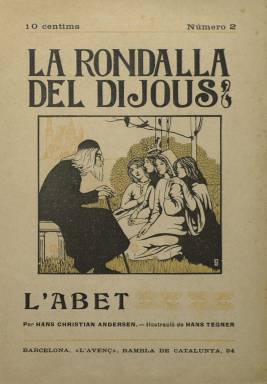
Título: La Rondalla del dijous
Colección: Revistas infantiles
Ámbito geográfico: Barcelona
Lugar de publicación: Barcelona
Fechas: 01/01/1909-31/12/1909

Publicación semanal en cuyo título expresa sus contenidos –rondalla como fábula o narración breve– así como su día de aparición (dijous = jueves), dirigida principalmente a un público infantil y escrita completamente en catalán, que suma la difusión tradicional literaria autóctona de este género literario con la de otros países, cuyos textos serán también traducidos a esta lengua. La barcelonesa tipografía y Lliberia L’Avenç, editora de libros clásicos de literatura, arte, historia o teatro a través de su Biblioteca Popular, en su defensa, divulgación y promoción de la lengua catalana y de este tipo de literatura autóctona, hizo también un esfuerzo editor para publicar este refinado semanario, por su gran calidad tanto formal como de contenidos, poniéndose al frente del mismo como director y también como traductor al escritor y poeta Josep Massó i Ventós (1891-1931).

Además de publicar fábulas (rondallas), narraciones cortas o cuentos recogidos de viva voz o procedentes de la literatura popular escrita en lengua catalana, publicará otros de grandes autores europeos, como Charles Perrault (1628-1703), Hans Christian Andersen (1805-1875) o los hermanos Grimm. Junto a estos publica los de autores catalanes interesados en el cuento infantil, tradicional y el folclore, como Jacinto Verdaguer (1845-1902), Maria de Bell-lloc (Maria del Pilar Maspons i Labrós: 1841-1907), Aureli Capmany i Farrés (1868-1954), Esteve Caseponce (1850-1932), Francesc Pelagy Briz (1839-1889), Carme Bofill, Jordi d’es Recó, Albert Quintana, y otros.

Otro valor destacado de este semanario son sus ilustraciones, tanto en su cubierta, que lo serán a dos tintas, como en sus páginas interiores. Las narraciones de autores extranjeros irán acompañadas por ilustraciones originales, reproduciendo dibujos de Gustave Doré (1832-1883), Kate Greenawey (1846-1901), Hans Tegner (1853-1932), John Dickson Batten (1860-1932) o Albert Robida (1849-1926).

Por parte de los autóctonos, Jaume Longueras (1883-1955), será el dibujante de sus primeras ocho cubiertas; Guillem Perés i Paque (1893-1968) a través de su seudónimo Billy, autor hasta la del número 18; y Joan Vila i Pujol (1890-1947), con el seudónimo Joan d’Ivori, de las restantes cubiertas. A ellos se suman también los ilustradores Josep Pey i Farriol (1875-1956), Josep Triadó Mayol (1870-1929), Alexandre de Riquer, Antoni Saló, Antoni Utrillo, Ismael Smith, Jaume Pahissa, I. Vilarrasa, J. Valentí, o Apa.

Editará una entrega especial (número 23) de Ángel Guimerà con su obra La santa espina, y usará en ocasiones tintas de color para estampar también algunas de sus planas interiores. Sus entregas no indican la fecha exacta de salida, sólo el año 1909 y el número. La intención de la editorial L’Avenç fue formar dos volúmenes por año, en torno a las cuatrocientas páginas cada uno. Su colección la forman sólo 26 entregas, de dieciséis páginas cada una, compuestas a una columna y con foliación continuada, que suman un total 414 páginas. Alcanzó hasta las 424 páginas, y las últimas deben corresponder a un índice de contenidos, que no se encuentra en la colección de la Biblioteca Nacional de España.

Tendrá una segunda época, también de corta vida, dirigida así mismo por Massó i Ventós, y con la misma finalidad que en la primera –difundir el patrimonio etno-literario infantil tanto catalán como foráneo–, pero con un formato y concepción renovados, y en la que participará, además de ilustradores de la primera época, Lola Anglada i Sarriera (1892-1984), autora de su cabecera, así como Emili Ferrer, J. Girbal o F. Soler, como dibujantes, o escritores como Ramon Suriñach i Senties (1881-1964), Valeri Serra i Boldú o Arnau de Castelbò. Lo publicó semanalmente Editorial Catalana, desde el tres de enero al 18 de mayo de 1924, alcanzando 19 números, de 34 páginas cada uno.

Referencias bibliográficas para este título, entre otras, en Givanel Mas (1931), Torrent y Tasis (1966) Torrent (1969), José J. de Olañeta (1882), Montserrat Castillo (1997) y Oriol Carazo (2012).